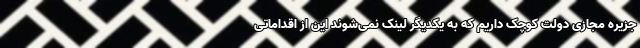
جزیره مجازی دولت کوچک داریم که به یکدیگر لینک نمی‌شوند این از اقداماتی